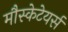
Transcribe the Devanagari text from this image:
मौस्केटेयर्स